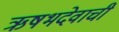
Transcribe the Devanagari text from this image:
ऋषभदेवाची